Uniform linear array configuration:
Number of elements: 4
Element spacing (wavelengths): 1
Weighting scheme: cosine
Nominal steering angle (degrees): -45
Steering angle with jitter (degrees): -45.841
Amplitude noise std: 0.05
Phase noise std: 0.05

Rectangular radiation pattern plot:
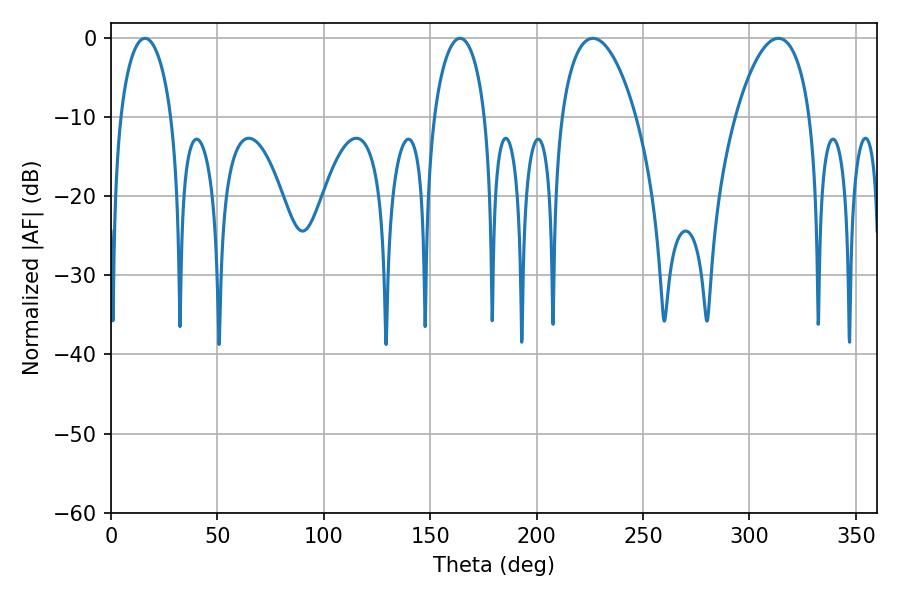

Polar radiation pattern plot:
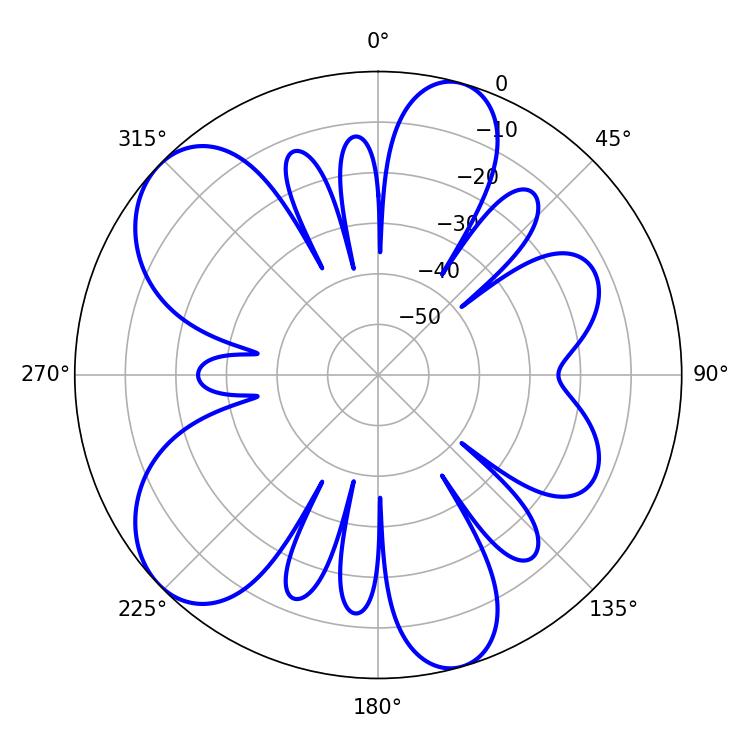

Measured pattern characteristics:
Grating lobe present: TRUE
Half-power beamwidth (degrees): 19.8
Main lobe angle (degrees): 226.44